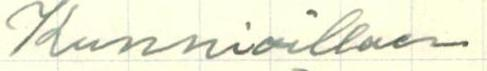
Kunnioillaen